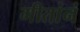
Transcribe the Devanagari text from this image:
गीतांनं